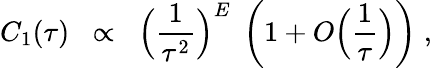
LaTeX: C_{1}(\tau)\; \; \propto\; \; \Big(\frac{1}{\tau^{2}}\Big)^{E}\; \left(1+O\Big(\frac{1}{\tau}\Big)\right)\; ,